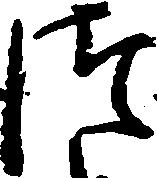
つ